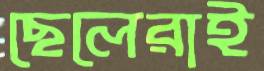
ছেলেরাই